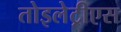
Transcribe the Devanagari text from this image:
तोइलेट्रीएस